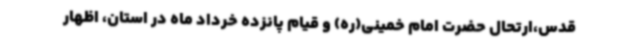
قدس،ارتحال حضرت امام خمینی(ره) و قیام پانزده خرداد ماه در استان، اظهار